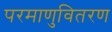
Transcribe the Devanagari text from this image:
परमाणुवितरण